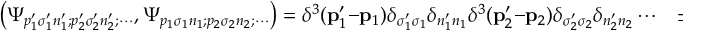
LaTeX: \left( \Psi _ { p _ { 1 } ^ { \prime } \sigma _ { 1 } ^ { \prime } n _ { 1 } ^ { \prime } ; p _ { 2 } ^ { \prime } \sigma _ { 2 } ^ { \prime } n _ { 2 } ^ { \prime } ; \cdots } , \Psi _ { p _ { 1 } \sigma _ { 1 } n _ { 1 } ; p _ { 2 } \sigma _ { 2 } n _ { 2 } ; \cdots } \right) = \delta ^ { 3 } ( \mathbf { p } _ { 1 } ^ { \prime } - \mathbf { p } _ { 1 } ) \delta _ { \sigma _ { 1 } ^ { \prime } \sigma _ { 1 } } \delta _ { n _ { 1 } ^ { \prime } n _ { 1 } } \delta ^ { 3 } ( \mathbf { p } _ { 2 } ^ { \prime } - \mathbf { p } _ { 2 } ) \delta _ { \sigma _ { 2 } ^ { \prime } \sigma _ { 2 } } \delta _ { n _ { 2 } ^ { \prime } n _ { 2 } } \cdots \quad \pm { \mathrm { ~ p e r m u t a t i o n s } } .